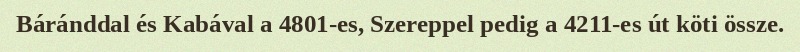
Báránddal és Kabával a 4801-es, Szereppel pedig a 4211-es út köti össze.